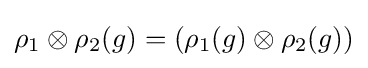
\rho _{1}\otimes \rho _{2}(g)=(\rho _{1}(g)\otimes \rho _{2}(g))